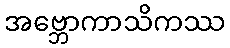
အဗ္ဘောကာသိကဿ